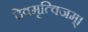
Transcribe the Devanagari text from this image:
देवमृत्विजम्‌।